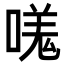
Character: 嗴